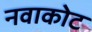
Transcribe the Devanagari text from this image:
नवाकोट